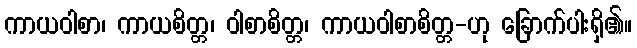
ကာယဝါစာ၊ ကာယစိတ္တ၊ ဝါစာစိတ္တ၊ ကာယဝါစာစိတ္တ-ဟု ခြောက်ပါးရှိ၏။